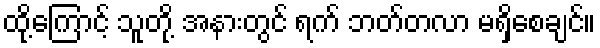
ထို့ကြောင့် သူတို့ အနားတွင် ရက် ဘတ်တလာ မရှိစေချင်။